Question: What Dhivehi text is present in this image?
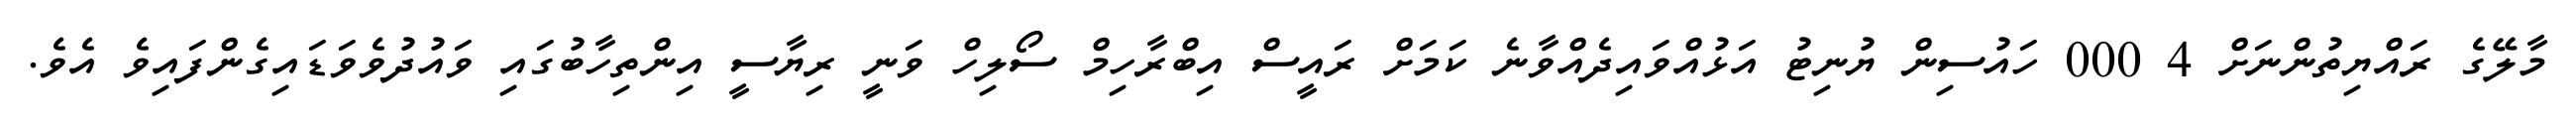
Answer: މާލޭގެ ރައްޔިތުންނަށް 4 000 ހައުސިން ޔުނިޓު އަޅުއްވައިދެއްވާނެ ކަމަށް ރައީސް އިބްރާހިމް ސޯލިހް ވަނީ ރިޔާސީ އިންތިހާބުގައި ވައުދުވެވަޑައިގެންފައިވެ އެވެ.